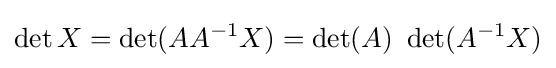
\det X=\det(AA^{-1}X)=\det(A)\ \det(A^{-1}X)